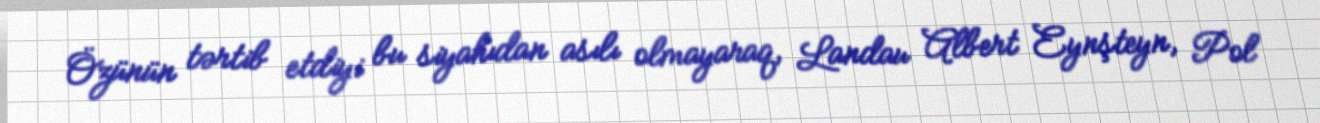
Özünün tərtib etdiyi bu siyahıdan asılı olmayaraq, Landau Albert Eynşteyn, Pol